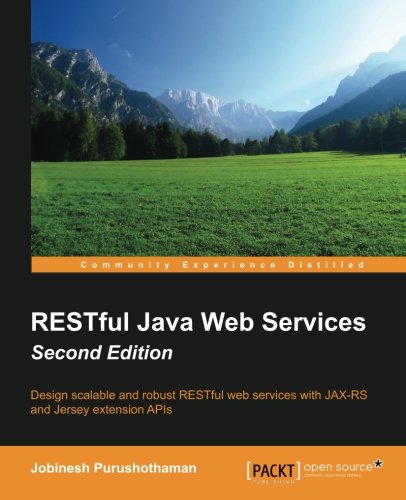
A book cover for RESTful Java Web Services - Second Edition; Purushothaman Jobinesh; Computers & Technology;